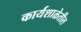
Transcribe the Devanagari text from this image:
कार्यशाळेतील